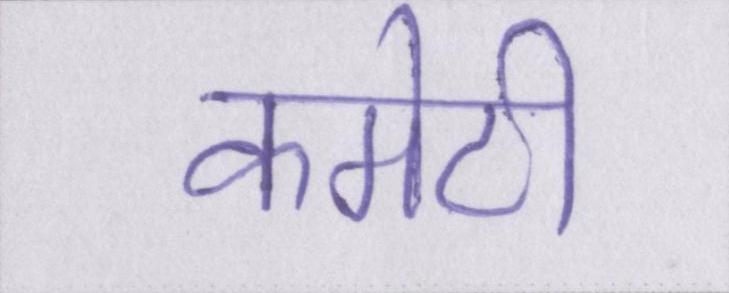
कमेटी